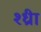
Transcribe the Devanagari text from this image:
श्ध्रीा